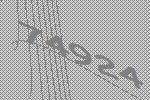
74924